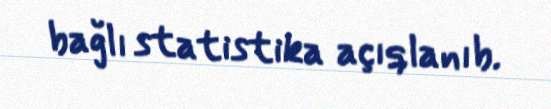
bağlı statistika açıqlanıb.